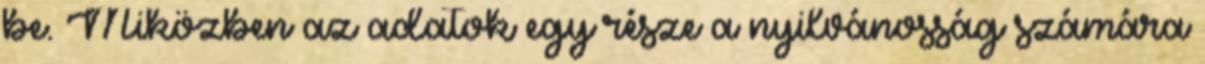
be. Miközben az adatok egy része a nyilvánosság számára